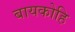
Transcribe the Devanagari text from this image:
बायकोहि